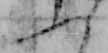
ふ